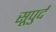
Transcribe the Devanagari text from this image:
सूपुर्द